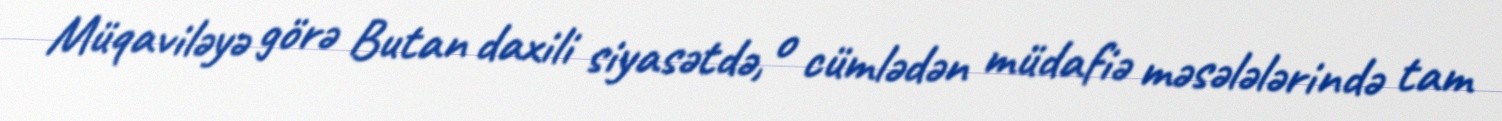
Müqaviləyə görə Butan daxili siyasətdə, o cümlədən müdafiə məsələlərində tam